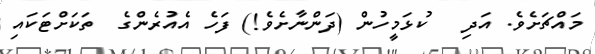
މައްޗަށެވެ. އަދި   ކުޅަމީހުން (ދަންނާށެވެ!) ފަހެ އެއުރެންގެ  ތަކަށްޓަކައި